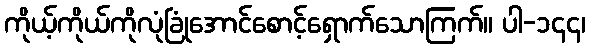
ကိုယ့်ကိုယ်ကိုလုံခြုံအောင်စောင့်ရှောက်သောကြက်။ ပါ-၁၄၄၊